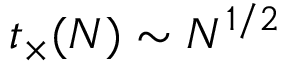
t _ { \times } ( N ) \sim N ^ { 1 / 2 }